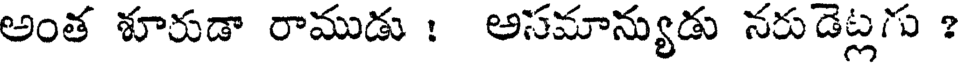
అంత శూరుడా రాముడు : అసమాన్యుడు నరుడెట్లగు ?